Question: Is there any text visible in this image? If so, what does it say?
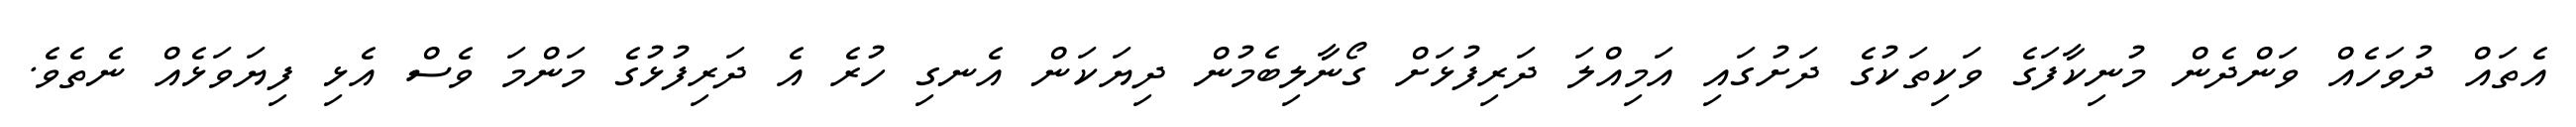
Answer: އެތައް ދުވަހެއް ވަންދެން މުނިކާފަގެ ވަކިތަކުގެ ދަށުގައި އަމިއްލަ ދަރިފުޅަށް ގޯނާލިބެމުން ދިޔަކަން އެނގި ހުރެ އެ ދަރިފުޅުގެ މަންމަ ވެސް އެޅި ފިޔަވަޅެއް ނެތެވެ.